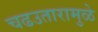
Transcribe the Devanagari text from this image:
चढउतारामुळे